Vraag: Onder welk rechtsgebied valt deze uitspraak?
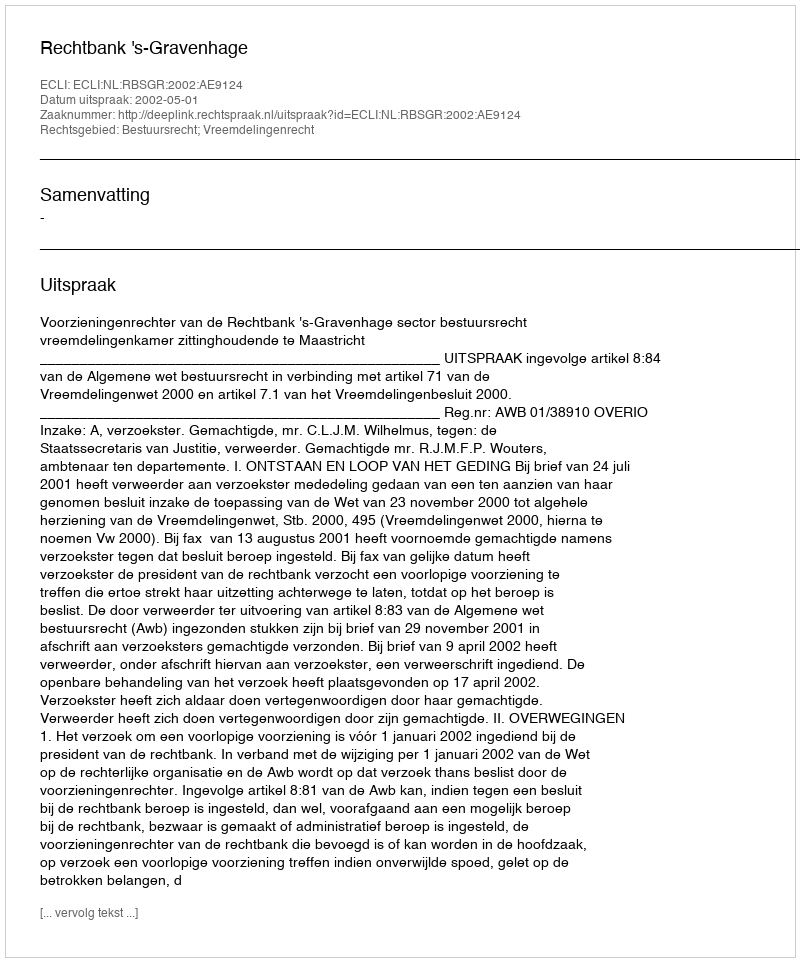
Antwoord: Bestuursrecht; Vreemdelingenrecht